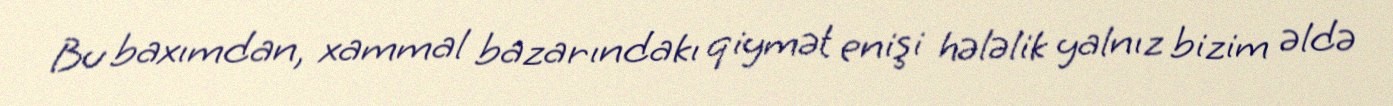
Bu baxımdan, xammal bazarındakı qiymət enişi hələlik yalnız bizim əldə